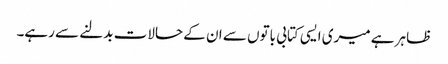
ظاہر ہے میری ایسی کتابی باتوں سے ان کے حالات بدلنے سے رہے۔